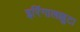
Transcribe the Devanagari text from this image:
इरिंगालक्कुटा